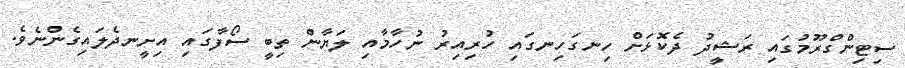
ސިޓިންގްރޫމުގައި ރަޝީދު ދެކޮޅަށް ހިނގަހިނގައި ހުރިއިރު ނުހާމާއި ލަޔާން ތިބީ ސޯފާގައި އިށީނދެލައިގެންނެވެ.